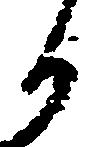
か